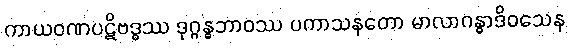
ကာယဝဏပဋိဗဒ္ဓဿ ဒုဂ္ဂန္ဓဘာဝဿ ပကာသနတော မာလာဂန္ဓာဒိဝသေန